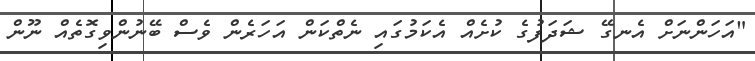
"އަހަންނަށް އެނގޭ ޝަދަފުގެ ކުށެއް އެކަމުގައި ނެތްކަން އަހަރެން ވެސް ބޭނުންވިގޮތެއް ނޫން